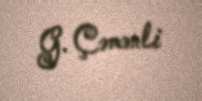
G. Çəmənli